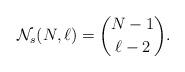
LaTeX: \begin{align*}{\cal{N}}_{s}(N,\ell) ={N-1 \choose \ell -2}.\end{align*}